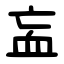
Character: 衁